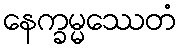
နေက္ခမ္မဿေတံ